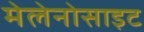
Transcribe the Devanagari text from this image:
मेलेनोसाइट